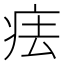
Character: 㾀